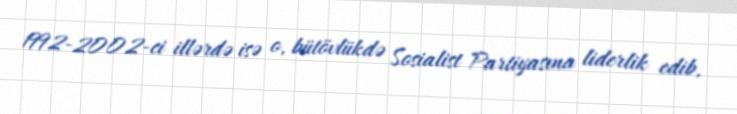
1992-2002-ci illərdə isə o, bütövlükdə Sosialist Partiyasına liderlik edib,